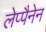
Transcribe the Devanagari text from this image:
लेप्पैनेन